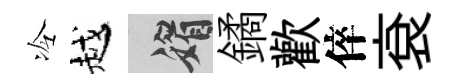
冷越媚鐍歡倅袞